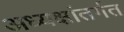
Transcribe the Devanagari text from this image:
अध्यक्षांतर्गत